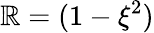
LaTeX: \mathbb{R}=(1-\xi^{2})